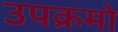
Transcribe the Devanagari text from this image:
उपक्रमो